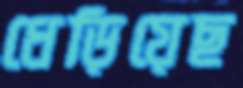
ধেড়িয়েছ